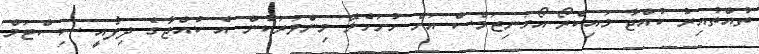
ތުއްތުއިރު ކުއްޖާ މައިކްރޯ-އޯގަނިޒަމްސް އަށް ހުށަހެޅޭ މިންވަރަކުން އެ ކުއްޖާގެ ދިފާއީ ސިސްޓަމް